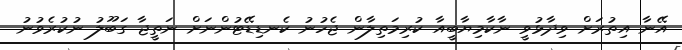
އޭނާ އިތުރަށް ވިދާޅުވީ ނާކާމިޔާބީއާ ކުރިމަތިލާން ޖެހުނު ކެނޑިޑޭޓުންނަށް ނަތީޖާ ގަބޫލު ނުކުރެވުނު